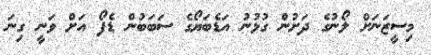
މިސީޒަނަށް ލޯނުގެ ދަށުން ގުޅުނު އަޑެބަޔޯގެ ސަބަބުން ޑެފޯ އަށް ވަނީ ގިނަ